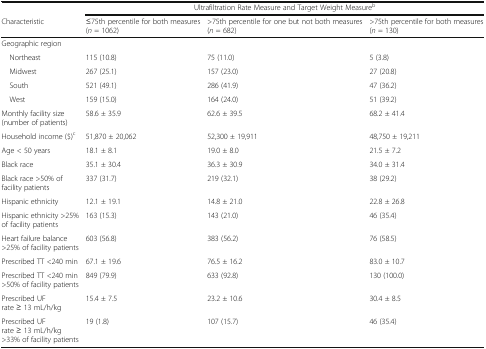
<table><thead><tr><td></td><td colspan="3"><b>Ultrafiltration Rate Measure and Target Weight Measure<sup>b</sup></b></td></tr><tr><td><b>Characteristic</b></td><td><b>≤75th percentile for both measures(<i>n</i> = 1062)</b></td><td><b>&gt;75th percentile for one but not both measures(<i>n</i> = 682)</b></td><td><b>&gt;75th percentile for both measures(<i>n</i> = 130)</b></td></tr></thead><tbody><tr><td colspan="4">Geographic region</td></tr><tr><td> Northeast</td><td>115 (10.8)</td><td>75 (11.0)</td><td>5 (3.8)</td></tr><tr><td> Midwest</td><td>267 (25.1)</td><td>157 (23.0)</td><td>27 (20.8)</td></tr><tr><td> South</td><td>521 (49.1)</td><td>286 (41.9)</td><td>47 (36.2)</td></tr><tr><td> West</td><td>159 (15.0)</td><td>164 (24.0)</td><td>51 (39.2)</td></tr><tr><td>Monthly facility size (number of patients)</td><td>58.6 ± 35.9</td><td>62.6 ± 39.5</td><td>68.2 ± 41.4</td></tr><tr><td>Household income ($)<sup>c</sup></td><td>51,870 ± 20,062</td><td>52,300 ± 19,911</td><td>48,750 ± 19,211</td></tr><tr><td>Age &lt; 50 years</td><td>18.1 ± 8.1</td><td>19.0 ± 8.0</td><td>21.5 ± 7.2</td></tr><tr><td>Black race</td><td>35.1 ± 30.4</td><td>36.3 ± 30.9</td><td>34.0 ± 31.4</td></tr><tr><td>Black race &gt;50% of facility patients</td><td>337 (31.7)</td><td>219 (32.1)</td><td>38 (29.2)</td></tr><tr><td>Hispanic ethnicity</td><td>12.1 ± 19.1</td><td>14.8 ± 21.0</td><td>22.8 ± 26.8</td></tr><tr><td>Hispanic ethnicity &gt;25% of facility patients</td><td>163 (15.3)</td><td>143 (21.0)</td><td>46 (35.4)</td></tr><tr><td>Heart failure balance &gt;25% of facility patients</td><td>603 (56.8)</td><td>383 (56.2)</td><td>76 (58.5)</td></tr><tr><td>Prescribed TT &lt;240 min</td><td>67.1 ± 19.6</td><td>76.5 ± 16.2</td><td>83.0 ± 10.7</td></tr><tr><td>Prescribed TT &lt;240 min &gt;50% of facility patients</td><td>849 (79.9)</td><td>633 (92.8)</td><td>130 (100.0)</td></tr><tr><td>Prescribed UF rate ≥ 13 mL/h/kg</td><td>15.4 ± 7.5</td><td>23.2 ± 10.6</td><td>30.4 ± 8.5</td></tr><tr><td>Prescribed UF rate ≥ 13 mL/h/kg &gt;33% of facility patients</td><td>19 (1.8)</td><td>107 (15.7)</td><td>46 (35.4)</td></tr></tbody></table>